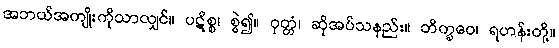
အဘယ်အကျိုးကိုသာလျှင်။ ပဋိစ္စ၊ စွဲ၍။ ဝုတ္တံ၊ ဆိုအပ်သနည်း။ ဘိက္ခဝေ၊ ရဟန်းတို့။